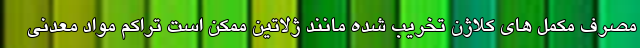
مصرف مکمل های کلاژن تخریب شده مانند ژلاتین ممکن است تراکم مواد معدنی